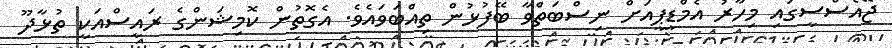
ޖޭއެސްސީގައި މިހާރު އެމްޑީޕީއަށް ނިސްބަތްވާ ބޭފުޅުން ތިއްބަވައެވެ. އެގޮތުން ކޮމިޝަންގެ ރައީސްއަކީ ތުޅާދޫ